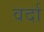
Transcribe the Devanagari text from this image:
वर्दा